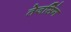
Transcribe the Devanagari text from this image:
तेजसिंग